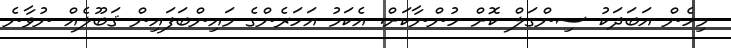
މިހެން އަބަދަކު ސިންގަލް ކޮށް ހުންނާކަށް. އެކަމު އަހަރެންގެ މައިންބަފައިން ޤަބޫލެއް ނުވާނެ